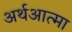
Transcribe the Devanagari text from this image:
अर्थआत्मा